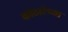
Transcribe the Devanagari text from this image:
कोठारेंच्या